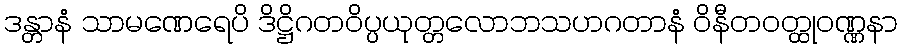
ဒန္တာနံ သာမဏေရေပိ ဒိဋ္ဌိဂတဝိပ္ပယုတ္တလောဘသဟဂတာနံ ဝိနီတဝတ္ထုဝဏ္ဏနာ